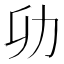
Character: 𭄠